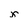
Character: x